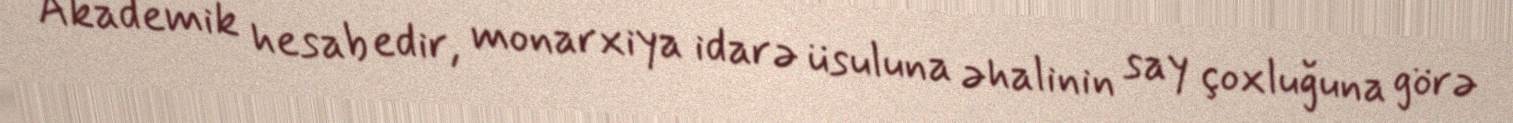
Akademik hesab edir, monarxiya idarə üsuluna əhalinin say çoxluğuna görə